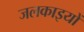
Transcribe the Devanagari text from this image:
जलकाइयों